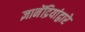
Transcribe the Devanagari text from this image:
ज्ञानेंद्रियांद्वारे